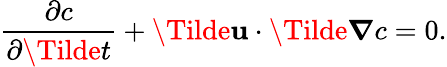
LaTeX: \frac{\partial c}{\partial\Tilde{t}}+\mathbf{\Tilde{u}}\cdot\boldsymbol{\Tilde{\boldsymbol{\nabla}}}c=0.